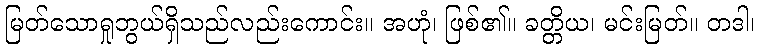
မြတ်သောရှုဘွယ်ရှိသည်လည်းကောင်း။ အဟုံ၊ ဖြစ်၏။ ခတ္တိယ၊ မင်းမြတ်။ တဒါ၊